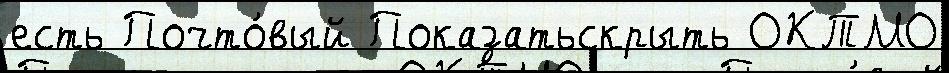
есть Почто́вый Показатьскрыть ОКТМО